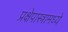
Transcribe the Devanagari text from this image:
प्रक्षेपास्त्रामध्ये